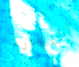
النظارة